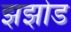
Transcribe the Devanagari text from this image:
झझोड